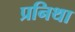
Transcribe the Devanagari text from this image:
प्रनिथा